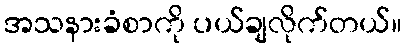
အသနားခံစာကို ပယ်ချလိုက်တယ်။